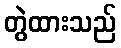
တွဲထားသည်